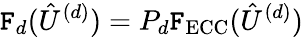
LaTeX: \mathtt{F}_{d}(\hat{{U}}^{(d)})=P_{d}\mathtt{F}_{\mathrm{{ECC}}}(\hat{{U}}^{(d)})